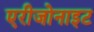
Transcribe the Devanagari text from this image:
एरीजोनाइट